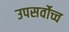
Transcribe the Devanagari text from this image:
उपसर्वोच्च